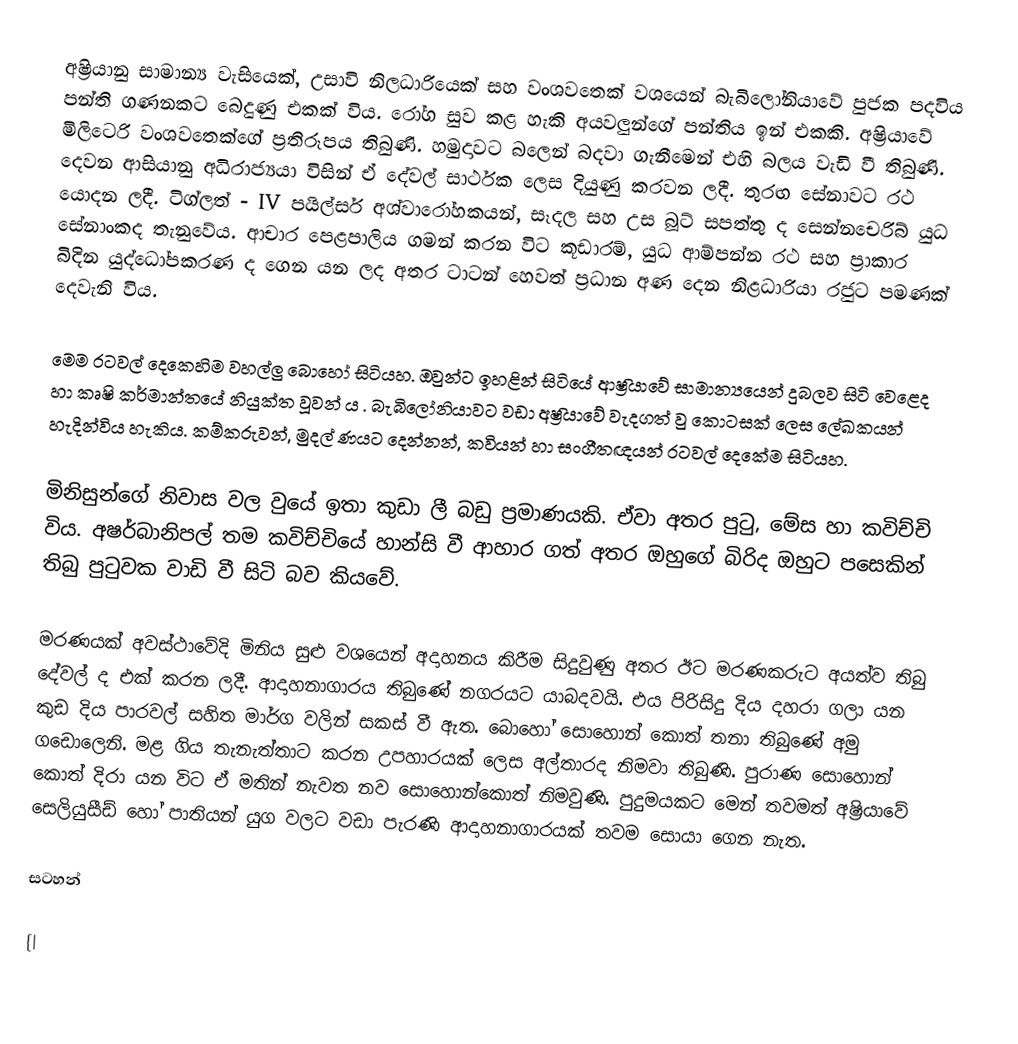
අෂ්‍රියානු සාමාන්‍ය වැසියෙක්, උසාවි නිලධාරියෙක් සහ වංශවතෙක් වශයෙන් බැබිලෝනියාවේ පුජක පදවිය පන්ති ගණනකට බෙදුණු එකක් විය. රෝග සුව කළ හැකි අයවලුන්ගේ පන්තිය ඉන් එකකි. අෂ්‍රියාවේ මිලිටෙරි වංශවතෙක්ගේ ප්‍රතිරූපය තිබුණි. හමුදාවට බලෙන් බදවා ගැනීමෙන් එහි බලය වැඩි වී තිබුණි. දෙවන ආසියානු අධිරාජ්‍යයා විසින් ඒ දේවල් සාර්ථක ලෙස දියුණු කරවන ලදී. තුරඟ සේනාවට රථ යොදන ලදී. ටිග්ලත් - IV පයිල්සර්  අශ්වාරෝහකයන්, සෑදල සහ උස බූට් සපත්තු ද සෙන්නචෙරිබ් යුධ සේනාංකද තැනුවේය. ආචාර පෙළපාලිය ගමන් කරන විට කූඩාරම්, යුධ ආම්පන්න රථ සහ ප්‍රාකාර බිදින යුද්ධෝපකරණ ද ගෙන යන ලද අතර ටාටන් හෙවත් ප්‍රධාන අණ දෙන නිළධාරියා රජුට පමණක් දෙවැනි විය.

මෙම රටවල් දෙකෙහිම වහල්ලු බොහෝ සිටියහ. ඔවුන්ට ඉහළින් සිටියේ ආෂ්‍රියාවේ සාමාන්‍යයෙන් දුබලව සිටි වෙළෙද හා කෘෂි කර්මාන්තයේ නියුක්ත වූවන් ය . බැබිලෝනියාවට වඩා අෂ්‍රියාවේ වැදගත් වු කොටසක් ලෙස ලේඛකයන් හැදින්විය හැකිය. කම්කරුවන්, මුදල් ණයට දෙන්නන්, කවියන් හා සංගීතඥයන් රටවල් දෙකේම සිටියහ.

මිනිසුන්ගේ නිවාස වල වුයේ ඉතා කුඩා ලී බඩු ප්‍රමාණයකි. ඒවා අතර පුටු, මේස හා කවිච්චි විය. අෂර්බානිපල් තම කවිච්චියේ හාන්සි වී ආහාර ගත් අතර ඔහුගේ බිරිද ඔහුට පසෙකින් තිබු පුටුවක වාඩි වී සිටි බව කියවේ.

මරණයක් අවස්ථාවේදි මිනිය සුළු වශයෙන් අදාහනය කිරීම සිදුවුණු අතර ඊට මරණකරුට අයත්ව තිබු දේවල් ද එක් කරන ලදී. ආදාහනාගාරය තිබුණේ නගරයට යාබදවයි. එය පිරිසිදු දිය දහරා ගලා යන කුඩ දිය පාරවල් සහිත මාර්ග වලින් සකස් වී ඇත. බොහෝ සොහොන් කොත් තනා තිබුණේ අමු ‍ගඩොලෙනි. මළ ගිය තැනැත්තාට කරන උපහාරයක් ලෙස අල්තාරද නිමවා තිබුණි. පුරාණ සොහොන් කොත් දිරා යන විට ඒ මතින් නැවත නව සොහොන්කොත් නිමවුණි. පුදුමයකට මෙන් තවමත් අෂ්‍රියාවේ සෙලියුසීඩ් හෝ පාතියන් යුග වලට වඩා පැරණි ආදාහනාගාරයක් තවම සොයා ගෙන නැත.

සටහන්

{|